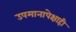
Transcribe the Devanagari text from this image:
उपमानापेक्षाही